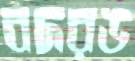
বদরঙ